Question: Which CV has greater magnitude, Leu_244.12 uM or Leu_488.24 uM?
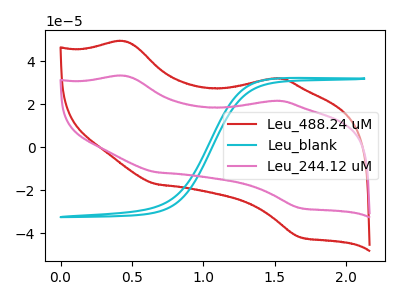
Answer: <think>The red curve "Leu_488.24 uM" has anodic peaks at (0.45V, 49.30uA) (1.50V, 32.05uA) and cathodic peaks at (0.70V, -17.10uA) (1.70V, -41.75uA). The cyan curve "Leu_blank" has no peaks. The pink curve "Leu_244.12 uM" has anodic peaks at (0.45V, 33.25uA) (1.50V, 21.65uA) and cathodic peaks at (0.70V, -11.55uA) (1.70V, -28.20uA).
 All the peaks in "Leu_244.12 uM" have a peak in "Leu_488.24 uM" at the same potential. Every peak in "Leu_244.12 uM" is lower than every peak in "Leu_488.24 uM".</think>
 <answer>"Leu_244.12 uM" has less signal than "Leu_488.24 uM".</answer>
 <eval>less_signal</eval>